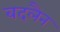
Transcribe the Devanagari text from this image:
बदलैन